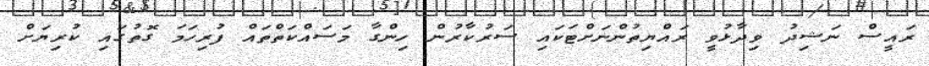
ރައީސް ނަޝިދު ވިދާޅުވީ ރައްޔިތުންނަށްޓަކައި ސަރުކާރުން ހިންގާ މަސައްކަތްތައް ފުރިހަމަ ގޮތުގައި ކުރިޔަށް